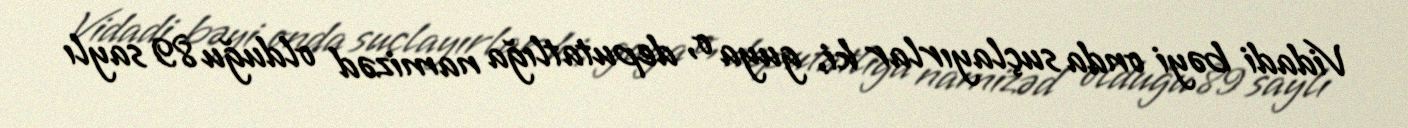
Vidadi bəyi onda suçlayırlar ki, guya o, deputatlığa namizəd olduğu 89 saylı